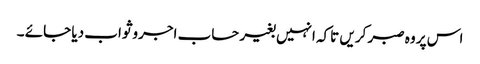
اس پر وہ صبر کریں تاکہ انہیں بغیر حساب اجروثواب دیا جائے ۔